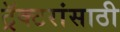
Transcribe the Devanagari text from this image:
ट्रॅक्टरांसाठी